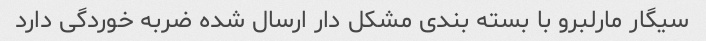
سیگار مارلبرو با بسته بندی مشکل دار ارسال شده ضربه خوردگی دارد